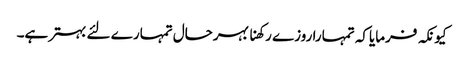
کیونکہ فرمایاکہ تمہارا روزے رکھنا بہرحال تمہارے لئے بہترہے۔